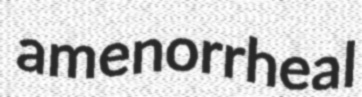
amenorrheal